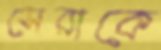
সেরাকে